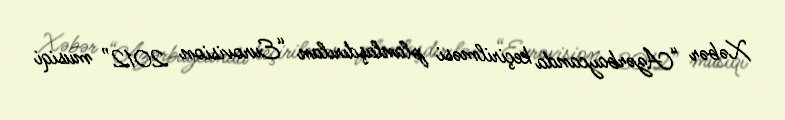
Xəbər “Azərbaycanda keçirilməsi planlaşdırılan “Eurovision 2012” musiqi